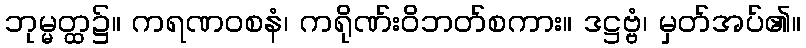
ဘုမ္မတ္ထ၌။ ကရဏဝစနံ၊ ကရိုဏ်းဝိဘတ်စကား။ ဒဋ္ဌဗ္ဗံ၊ မှတ်အပ်၏။